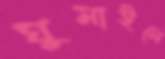
ঘুমাইলে